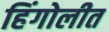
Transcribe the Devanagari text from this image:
हिंगोलीत